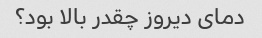
دمای دیروز چقدر بالا بود؟